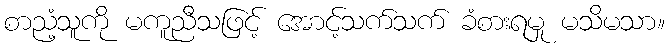
စာညံ့သူကို မကူညီသဖြင့် အောင့်သက်သက် ခံစားရမှု မသိမသာ။